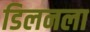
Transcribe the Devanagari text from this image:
डिलनला